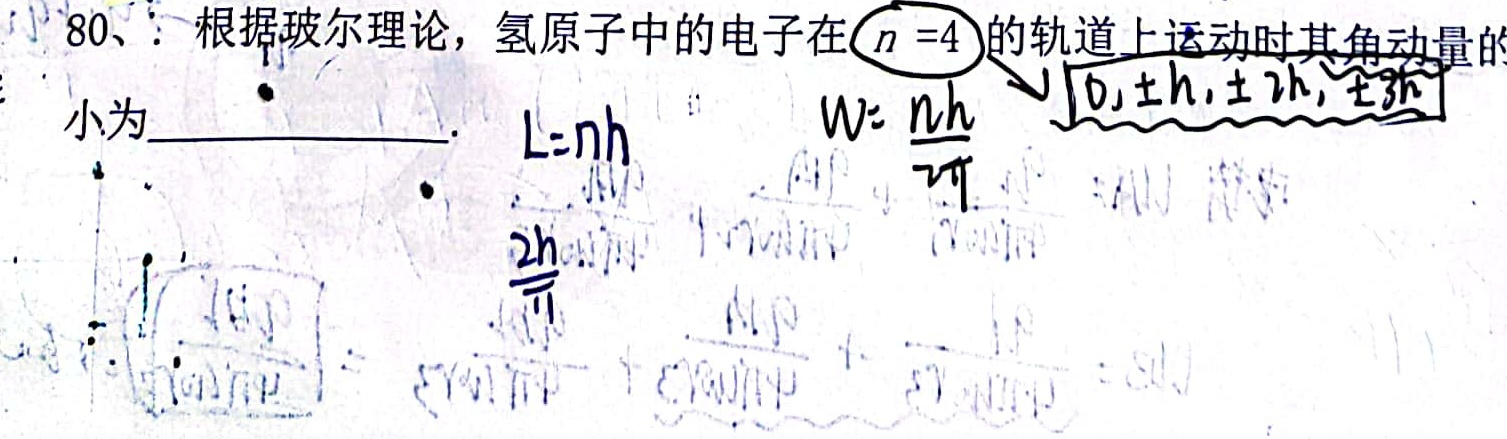
80、根据玻尔理论，氢原子中的电子在\(n = 4\)的轨道上运动时其角动量的大小为  。 \(L = nh\)  \(W=\frac{nh}{2\pi}\)  \(0,\pm h,\pm 2h,\pm 3h\)  \(\frac{2h}{\pi}\)